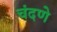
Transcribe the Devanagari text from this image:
चंदणे